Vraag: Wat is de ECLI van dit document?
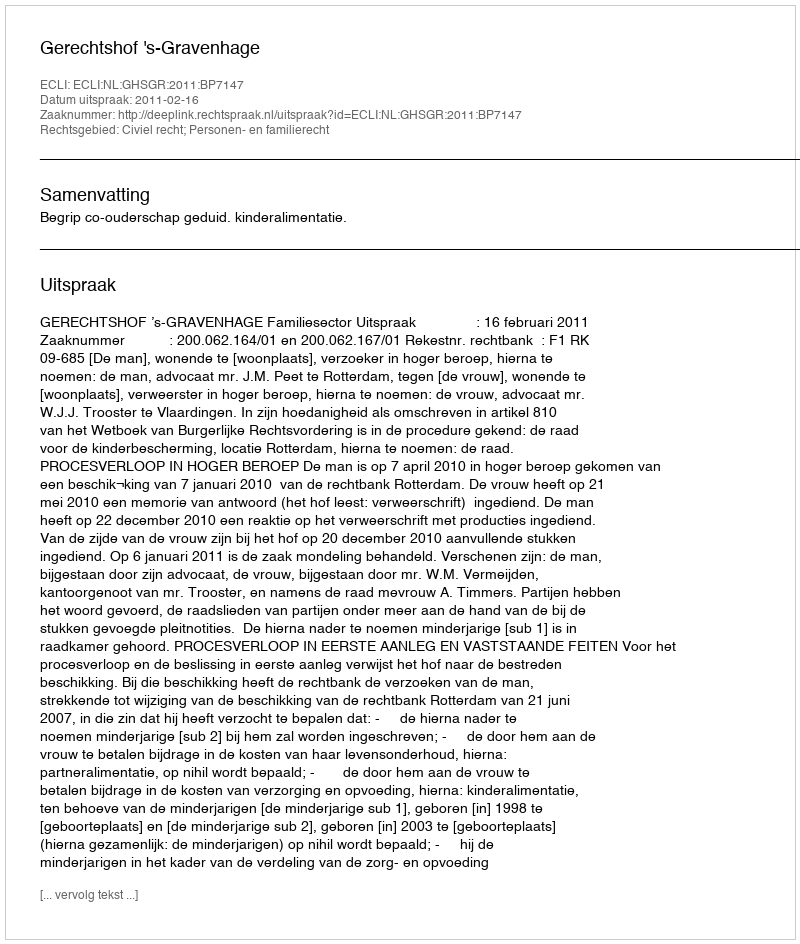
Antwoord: ECLI:NL:GHSGR:2011:BP7147